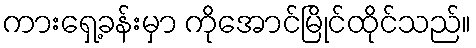
ကားရှေ့ခန်းမှာ ကိုအောင်မြိုင်ထိုင်သည်။